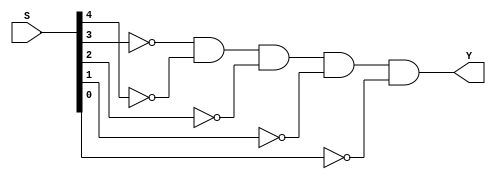
// Copyright (C) 2020  Intel Corporation. All rights reserved.
// Your use of Intel Corporation's design tools, logic functions 
// and other software and tools, and any partner logic 
// functions, and any output files from any of the foregoing 
// (including device programming or simulation files), and any 
// associated documentation or information are expressly subject 
// to the terms and conditions of the Intel Program License 
// Subscription Agreement, the Intel Quartus Prime License Agreement,
// the Intel FPGA IP License Agreement, or other applicable license
// agreement, including, without limitation, that your use is for
// the sole purpose of programming logic devices manufactured by
// Intel and sold by Intel or its authorized distributors.  Please
// refer to the applicable agreement for further details, at
// https://fpgasoftware.intel.com/eula.

// PROGRAM		"Quartus Prime"
// VERSION		"Version 20.1.1 Build 720 11/11/2020 SJ Lite Edition"
// CREATED		"Thu May 18 11:56:59 2023"

module S0(
	S,
	Y
);


input wire	[4:0] S;
output wire	Y;

wire	SYNTHESIZED_WIRE_0;
wire	SYNTHESIZED_WIRE_1;
wire	SYNTHESIZED_WIRE_2;
wire	SYNTHESIZED_WIRE_3;
wire	SYNTHESIZED_WIRE_4;
wire	SYNTHESIZED_WIRE_5;

assign	SYNTHESIZED_WIRE_1 = 1;



assign	Y = SYNTHESIZED_WIRE_0 & SYNTHESIZED_WIRE_1 & SYNTHESIZED_WIRE_2 & SYNTHESIZED_WIRE_3 & SYNTHESIZED_WIRE_4 & SYNTHESIZED_WIRE_5;


assign	SYNTHESIZED_WIRE_2 =  ~S[4];

assign	SYNTHESIZED_WIRE_0 =  ~S[3];

assign	SYNTHESIZED_WIRE_3 =  ~S[2];

assign	SYNTHESIZED_WIRE_4 =  ~S[1];

assign	SYNTHESIZED_WIRE_5 =  ~S[0];


endmodule